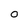
Character: 0